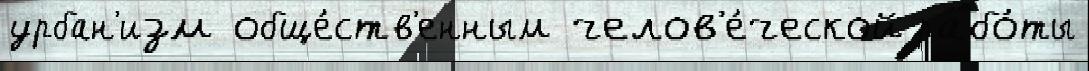
урбан'изм обще́ств'енным челов'е́ческой рабо́ты